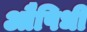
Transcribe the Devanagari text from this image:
औषिधी